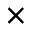
\times